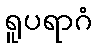
ရူပရာဂံ